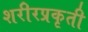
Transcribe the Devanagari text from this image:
शरीरप्रकृती